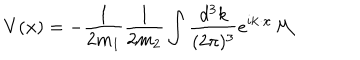
LaTeX: V ( { \bf x } ) = - \frac { 1 } { 2 m _ { 1 } } \frac { 1 } { 2 m _ { 2 } } \int \frac { d ^ { 3 } k } { ( 2 \pi ) ^ { 3 } } e ^ { i { \bf k } \cdot { \bf x } } { \cal M }